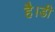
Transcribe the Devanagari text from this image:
है।डी